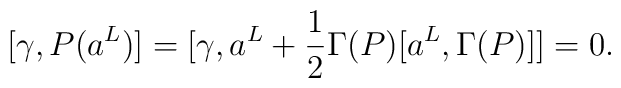
[\gamma, P(a^L)]=[\gamma, a^L +\frac{1}{2}\Gamma(P)[a^L,\Gamma(P)]]=0.